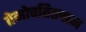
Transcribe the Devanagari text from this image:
तेनोचतित्लान